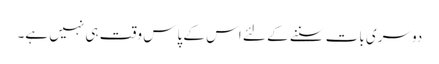
دوسری بات سننے کے لئے اس کے پاس وقت ہی نہیں ہے۔